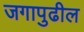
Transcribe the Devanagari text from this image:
जगापुढील